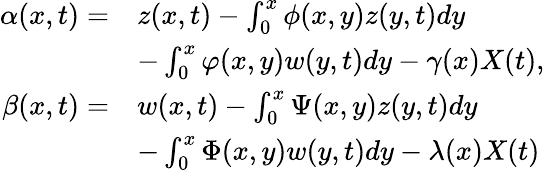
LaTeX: \begin{array}{rl}{\alpha(x,t)=}&{z(x,t)-\int_{0}^{x}{\phi}(x,y)z(y,t)dy}\\ &{-\int_{0}^{x}{\varphi}(x,y)w(y,t)dy-\gamma(x){X}(t),}\\ {\beta(x,t)=}&{w(x,t)-\int_{0}^{x}{\Psi}(x,y)z(y,t)dy}\\ &{-\int_{0}^{x}{\Phi}(x,y)w(y,t)dy-\lambda(x){X}(t)}\end{array}